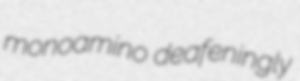
monoamino deafeningly